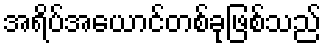
အရိပ်အယောင်တစ်ခုဖြစ်သည်